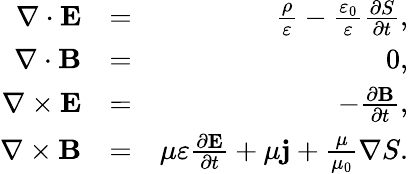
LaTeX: \begin{array}{rlr}{\nabla\cdot\mathbf{E}}&{=}&{\frac{\rho}{\varepsilon}-\frac{\varepsilon_{0}}{\varepsilon}\frac{\partial S}{\partial t},}\\ {\nabla\cdot\mathbf{B}}&{=}&{0,}\\ {\nabla\times\mathbf{E}}&{=}&{-\frac{\partial\mathbf{B}}{\partial t},}\\ {\nabla\times\mathbf{B}}&{=}&{\mu\varepsilon\frac{\partial\mathbf{E}}{\partial t}+\mu\mathbf{j}+\frac{\mu}{\mu_{0}}\nabla S.}\end{array}